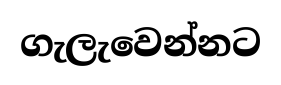
ගැලැවෙන්නට